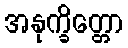
အနုက္ခိတ္တော